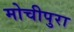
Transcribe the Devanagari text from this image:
मोचीपुरा